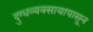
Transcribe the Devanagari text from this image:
दुग्धव्यवसायापासून